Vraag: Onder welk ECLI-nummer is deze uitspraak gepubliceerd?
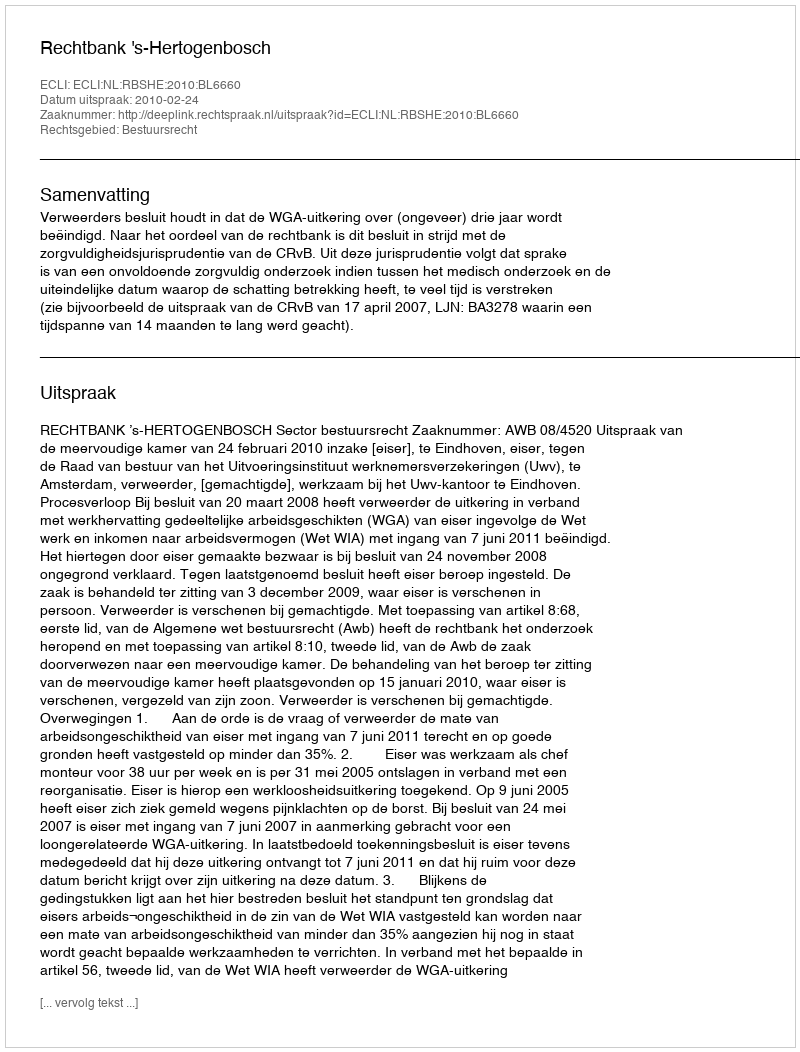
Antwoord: ECLI:NL:RBSHE:2010:BL6660